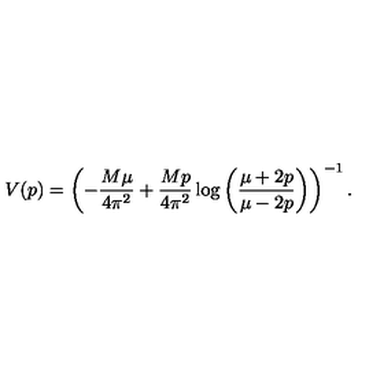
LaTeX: V ( p ) = \left( - \frac { M \mu } { 4 \pi ^ { 2 } } + \frac { M p } { 4 \pi ^ { 2 } } \log \left( \frac { \mu + 2 p } { \mu - 2 p } \right) \right) ^ { - 1 } .